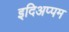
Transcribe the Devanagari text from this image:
इदिअप्पम